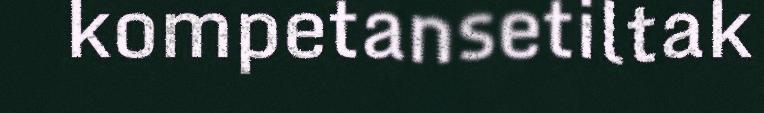
kompetansetiltak